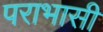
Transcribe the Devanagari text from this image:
पराभासी